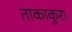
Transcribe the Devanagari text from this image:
ताकाकुरा